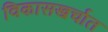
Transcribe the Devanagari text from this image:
विकासखर्चात